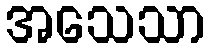
အသေသာ